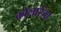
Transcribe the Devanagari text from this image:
कोलारेता